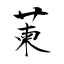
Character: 萰